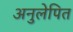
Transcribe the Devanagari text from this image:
अनुलेपित